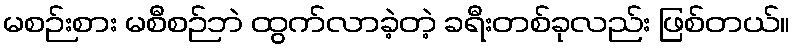
မစဉ်းစား မစီစဉ်ဘဲ ထွက်လာခဲ့တဲ့ ခရီးတစ်ခုလည်း ဖြစ်တယ်။